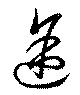
途